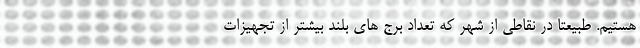
هستیم. طبیعتاً در نقاطی از شهر که تعداد برج های بلند بیشتر از تجهیزات